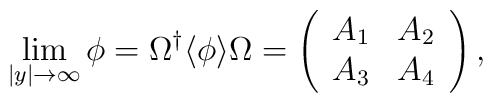
\lim_{|y|\rightarrow\infty}\phi=\Omega^{\dagger}\langle\phi\rangle\Omega=\left(\begin{array}{cc}A_1&A_2\\A_3&A_4\end{array}\right),